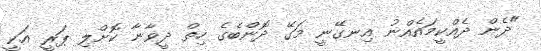
"ދެން ދެއްކީމައެއްނު އިނގޭނީ މަގޭ ދޮންބެގެ ހިތް ދީވާނާ ކޮށްލި ޕަރީ އަކީ